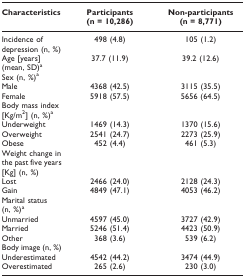
<table><thead><tr><td><b>Characteristics</b></td><td><b>Participants(n = 10,286)</b></td><td><b>Non-participants(n = 8,771)</b></td></tr></thead><tbody><tr><td>Incidence of depression (n, %)</td><td>498 (4.8)</td><td>105 (1.2)</td></tr><tr><td>Age [years] (mean, SD)<sup>a</sup></td><td>37.7 (11.9)</td><td>39.2 (12.6)</td></tr><tr><td>Sex (n, %)<sup>a</sup></td><td></td><td></td></tr><tr><td> Male</td><td>4368 (42.5)</td><td>3115 (35.5)</td></tr><tr><td> Female</td><td>5918 (57.5)</td><td>5656 (64.5)</td></tr><tr><td>Body mass index [Kg/m<sup>2</sup>] (n, %)<sup>a</sup></td><td></td><td></td></tr><tr><td> Underweight</td><td>1469 (14.3)</td><td>1370 (15.6)</td></tr><tr><td> Overweight</td><td>2541 (24.7)</td><td>2273 (25.9)</td></tr><tr><td> Obese</td><td>452 (4.4)</td><td>461 (5.3)</td></tr><tr><td>Weight change in the past five years [Kg] (n, %)</td><td></td><td></td></tr><tr><td> Lost</td><td>2466 (24.0)</td><td>2128 (24.3)</td></tr><tr><td> Gain</td><td>4849 (47.1)</td><td>4053 (46.2)</td></tr><tr><td>Marital status (n, %)<sup>a</sup></td><td></td><td></td></tr><tr><td> Unmarried</td><td>4597 (45.0)</td><td>3727 (42.9)</td></tr><tr><td> Married</td><td>5246 (51.4)</td><td>4423 (50.9)</td></tr><tr><td> Other</td><td>368 (3.6)</td><td>539 (6.2)</td></tr><tr><td>Body image (n, %)</td><td></td><td></td></tr><tr><td> Underestimated</td><td>4542 (44.2)</td><td>3474 (44.9)</td></tr><tr><td> Overestimated</td><td>265 (2.6)</td><td>230 (3.0)</td></tr></tbody></table>